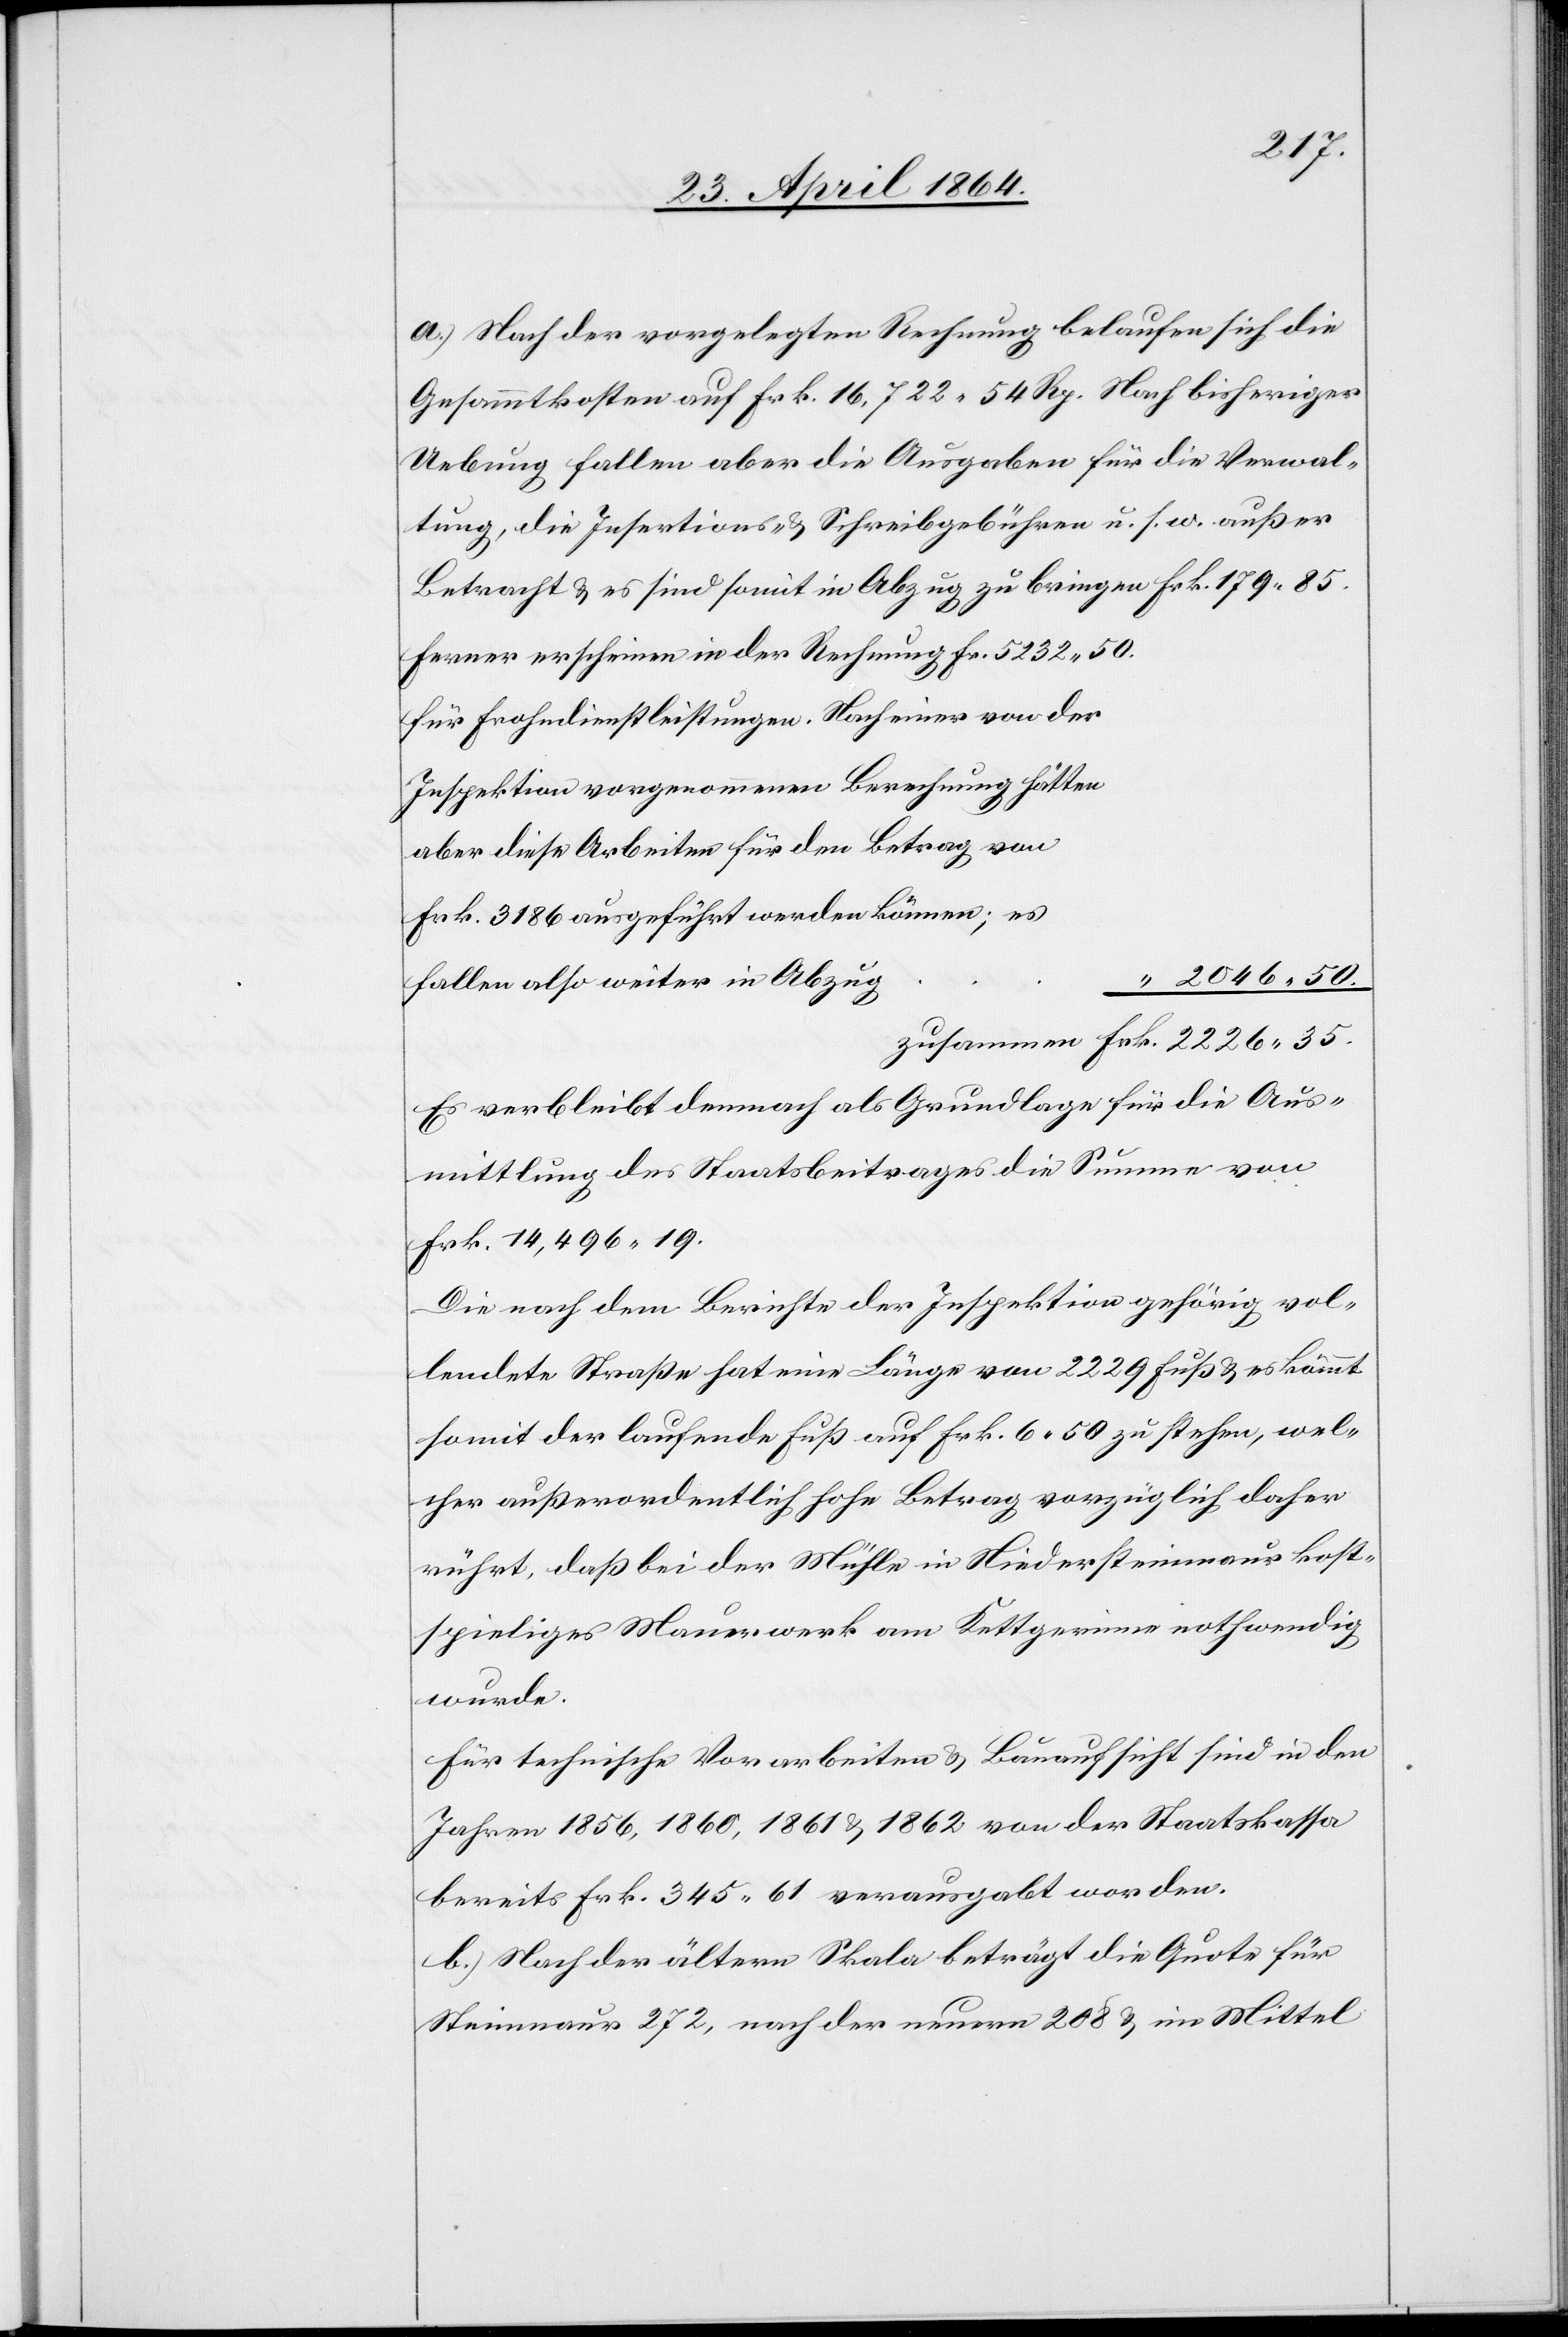
a.) Nach der vorgelegten Rechnung belaufen sich die
Gesammtkosten auf Frk. 16,722 54 Rp. Nach bisheriger
Uebung fallen aber die Ausgaben für die Verwal¬
tung, die Insertions- u. Schreibgebühren u. s. w. außer
Betracht u. es sind somit in Abzug zu bringen 							Frk.
Ferner erscheinen in der Rechnung fr. 5232 50.
für Frohndienstleistungen. Nach einer von der
Inspektion vorgenommenen Berechnung hätten
aber diese Arbeiten für den Betrag von
Frk. 3186 ausgeführt werden können; es
“ 2046 50.
fallen also weiter in Abzu¬
g
zusammen	Frk. 2226 35.
Es verbleibt demnach als Grundlage für die Aus¬
mittlung des Staatsbeitrages die Summe von
Frk. 14,496 19.
Die nach dem Berichte der Inspektion gehörig vol¬
lendete Straße hat eine Länge von 2229 Fuß u. es kömmt
somit der laufende Fuß auf Frk. 6 50 zu stehen, wel¬
cher außerordentlich hohe Betrag vorzüglich daher
rührt, daß bei der Mühle in Niedersteinmaur kost¬
spieliges Mauerwerk am Kettgerinne nothwendig
wurde.
Für technische Vorarbeiten u. Bauaufsicht sind in den
Jahren 1856, 1860, 1861 u. 1862 von der Staatskassa
bereits Frk. 345 61 verausgabt worden.
b.) Nach der ältern Skala beträgt die Quote für
Steinmaur 272, nach der neuern 209 u. im Mittel